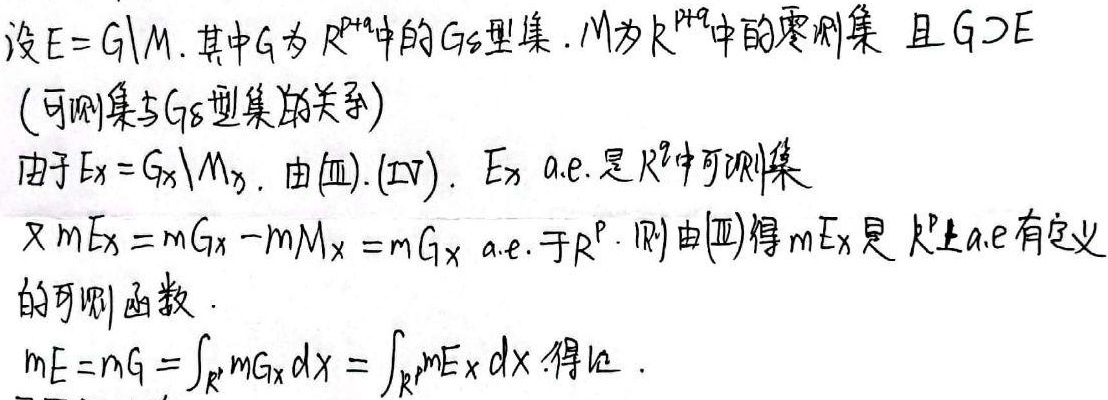
设\(E = G\setminus M\)，其中\(G\)为\(\mathbb{R}^{p + q}\)中的\(G_{\delta}\)型集，\(M\)为\(\mathbb{R}^{p + q}\)中的零测集，且\(G\supset E\)（可测集与\(G_{\delta}\)型集的关系）。

由于\(E_{x}=G_{x}\setminus M_{x}\)，由 (Ⅲ)、(Ⅳ)，\(E_{x}\) a.e. 是\(\mathbb{R}^{q}\)中可测集。又\(mE_{x}=mG_{x}-mM_{x}=mG_{x}\) a.e. 于\(\mathbb{R}^{p}\)，则由 (Ⅲ) 得\(mE_{x}\)是\(\mathbb{R}^{p}\)上 a.e 有定义的可测函数。

\(mE = mG=\int_{\mathbb{R}^{p}}mG_{x}dx=\int_{\mathbb{R}^{p}}mE_{x}dx\)，得证。